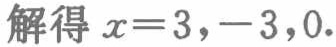
解得 \(x = 3, -3, 0\).